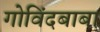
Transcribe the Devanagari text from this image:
गोविंदबाबा